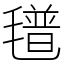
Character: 氆